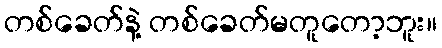
တစ်ခေတ်နဲ့ တစ်ခေတ်မတူတော့ဘူး။